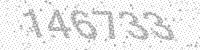
Solution: 146733